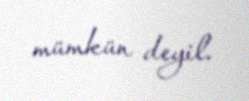
mümkün deyil.